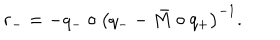
r _ { - } = - q _ { - } \circ \left( q _ { - } - \bar { M } \circ q _ { + } \right) ^ { - 1 } .